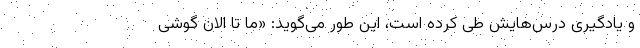
و یادگیری درس‌هایش طی کرده است، این طور می‌گوید: «ما تا الان گوشی